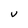
Character: v